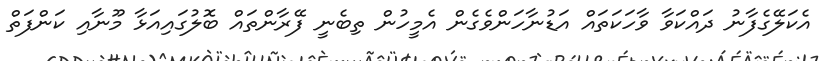
އެކަލޭގެފާނު ދައްކަވާ ވާހަކަތައް އަޑުނާހަންވެގެން އެމީހުން ތިބެނީ ފޭރާންތައް ބޮލުގައިއަޅާ މޫނާއި ކަންފަތް